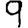
Digit: 9